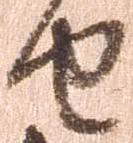
由